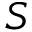
S